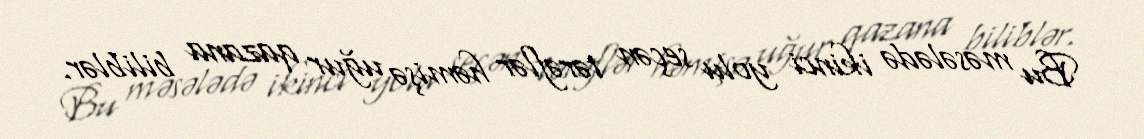
Bu məsələdə ikinci yolu seçən tərəflər həmişə uğur qazana biliblər.